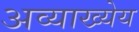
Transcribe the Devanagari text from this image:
अव्याख्येय